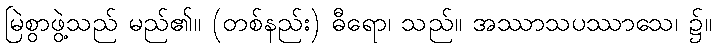
မြဲစွာဖွဲ့သည် မည်၏။ (တစ်နည်း) ဓီရော၊ သည်။ အဿာသပဿာသေ၊ ၌။